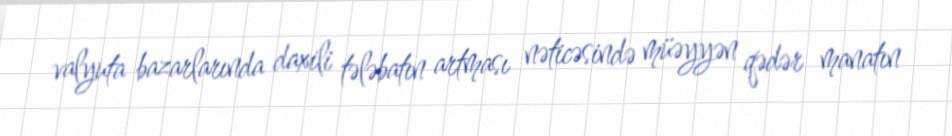
valyuta bazarlarında daxili tələbatın artması nəticəsində müəyyən qədər manatın